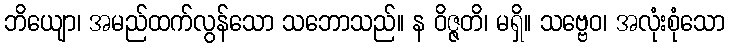
ဘိယျော၊ အမည်ထက်လွန်သော သဘောသည်။ န ဝိဇ္ဇတိ၊ မရှိ။ သဗ္ဗေဝ၊ အလုံးစုံသော